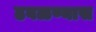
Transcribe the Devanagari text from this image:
ढवळण्यास